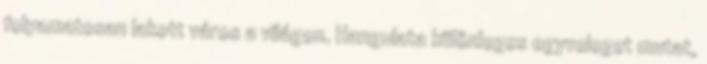
folyamatosan lakott város a világon. Hangulata különleges egyveleget mutat,